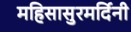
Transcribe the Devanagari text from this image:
महिसासुरमर्दिनी